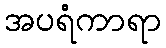
အပရံကာရာ